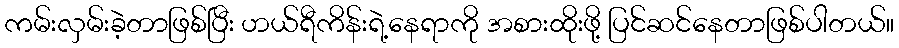
ကမ်းလှမ်းခဲ့တာဖြစ်ပြီး ဟယ်ရီကိန်းရဲ့နေရာကို အစားထိုးဖို့ ပြင်ဆင်နေတာဖြစ်ပါတယ်။